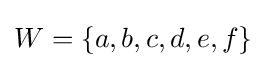
W=\{a,b,c,d,e,f\}